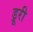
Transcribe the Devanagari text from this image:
ड्रूरी